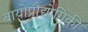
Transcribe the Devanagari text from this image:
बायोप्रौद्योगिकी